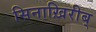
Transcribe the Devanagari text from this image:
सिनाख़िरीब्